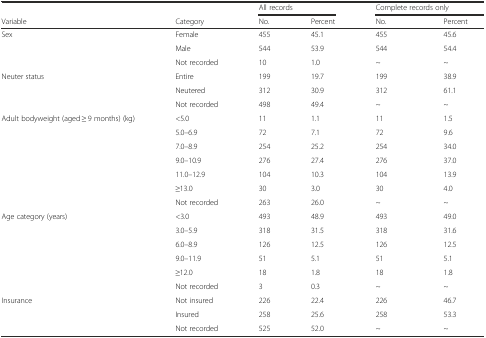
|  |  | <COLSPAN=2> All records | <COLSPAN=2> Complete records only |
 | Variable | Category | No. | Percent | No. | Percent |
 | --- | --- | --- | --- | --- | --- |
 | Sex | Female | 455 | 45.1 | 455 | 45.6 |
 |  | Male | 544 | 53.9 | 544 | 54.4 |
 |  | Not recorded | 10 | 1.0 | ~ | ~ |
 | Neuter status | Entire | 199 | 19.7 | 199 | 38.9 |
 |  | Neutered | 312 | 30.9 | 312 | 61.1 |
 |  | Not recorded | 498 | 49.4 | ~ | ~ |
 | Adult bodyweight (aged ≥ 9 months) (kg) | <5.0 | 11 | 1.1 | 11 | 1.5 |
 |  | 5.0–6.9 | 72 | 7.1 | 72 | 9.6 |
 |  | 7.0–8.9 | 254 | 25.2 | 254 | 34.0 |
 |  | 9.0–10.9 | 276 | 27.4 | 276 | 37.0 |
 |  | 11.0–12.9 | 104 | 10.3 | 104 | 13.9 |
 |  | ≥13.0 | 30 | 3.0 | 30 | 4.0 |
 |  | Not recorded | 263 | 26.0 | ~ | ~ |
 | Age category (years) | <3.0 | 493 | 48.9 | 493 | 49.0 |
 |  | 3.0–5.9 | 318 | 31.5 | 318 | 31.6 |
 |  | 6.0–8.9 | 126 | 12.5 | 126 | 12.5 |
 |  | 9.0–11.9 | 51 | 5.1 | 51 | 5.1 |
 |  | ≥12.0 | 18 | 1.8 | 18 | 1.8 |
 |  | Not recorded | 3 | 0.3 | ~ | ~ |
 | Insurance | Not insured | 226 | 22.4 | 226 | 46.7 |
 |  | Insured | 258 | 25.6 | 258 | 53.3 |
 |  | Not recorded | 525 | 52.0 | ~ | ~ |